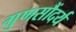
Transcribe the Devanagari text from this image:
गुणसौंदर्य